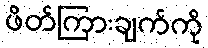
ဖိတ်ကြားချက်ကို